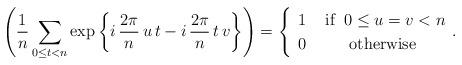
LaTeX: \begin{align*}\left(\frac{1}{n}\sum_{0\le t<n}\exp\left\{ i\,\frac{2\pi}{n}\,u\,t-i\,\frac{2\pi}{n}\,t\,v\right\} \right)=\begin{cases}\begin{array}{cc}1 & \mbox{ if }\:0\le u=v<n\\0 & \mbox{otherwise}\end{array}.\end{cases}\end{align*}